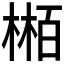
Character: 𬃴